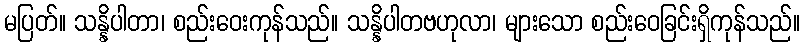
မပြတ်။ သန္နိပါတာ၊ စည်းဝေးကုန်သည်။ သန္နိပါတဗဟုလာ၊ များသော စည်းဝေခြင်းရှိကုန်သည်။